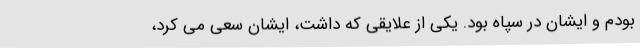
بودم و ایشان در سپاه بود. یکی از علایقی که داشت، ایشان سعی می کرد،